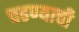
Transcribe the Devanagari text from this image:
चढण्याची